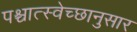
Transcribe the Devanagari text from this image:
पश्चात्स्वेच्छानुसार